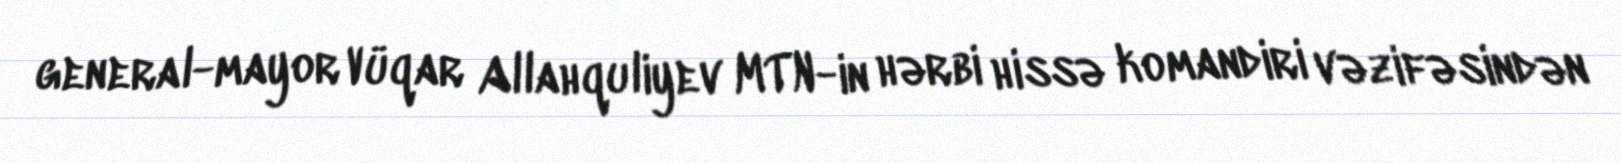
general-mayor Vüqar Allahquliyev MTN-in hərbi hissə komandiri vəzifəsindən